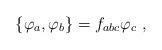
LaTeX: \begin{align*}\{\varphi _a,\varphi _b\}=f_{abc}\varphi _c\ ,\end{align*}